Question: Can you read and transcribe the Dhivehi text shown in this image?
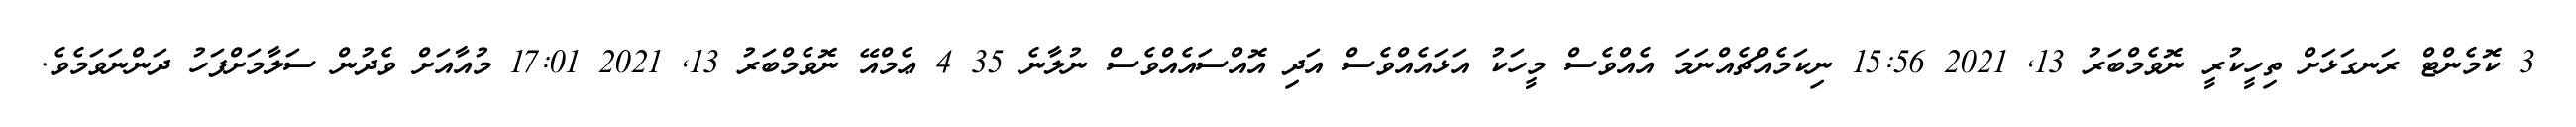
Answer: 3 ކޮމެންޓް ރަނގަޅަށް ތިހީކުރީ ނޮވެމްބަރު 13, 2021 15:56 ނިކަމެއްޗެއްނަމަ އެއްވެސް މީހަކު އަޅައެއްވެސް އަދި އޮއްސައެއްވެސް ނުލާނެ 35 4 ޢެމްއޭ ނޮވެމްބަރު 13, 2021 17:01 މުއާއަށް ވެދުން ސަލާމަށްފަހު ދަންނަވަމެވެ.